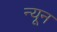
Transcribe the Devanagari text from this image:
न्‍यून